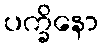
ပက္ခိနော